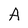
Character: A